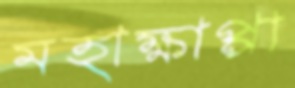
মহাক্ষাপ্পা